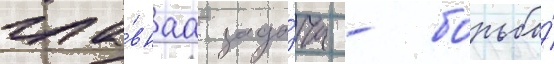
гла́внаа зада́ча - борьба́